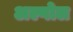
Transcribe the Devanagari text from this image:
अल्गोल